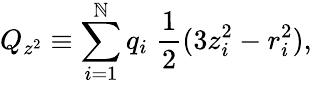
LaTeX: Q_{z^{2}}\equiv\sum_{i=1}^{\mathbb{N}}q_{i}\; {\frac{{1}}{{2}}}(3z_{i}^{2}-r_{i}^{2}),